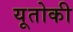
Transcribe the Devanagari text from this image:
यूतोकी